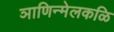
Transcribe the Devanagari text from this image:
ञाणिन्मेलकळि